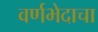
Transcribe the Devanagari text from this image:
वर्णभेदाचा